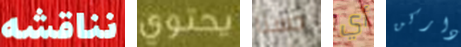
نناقشه يحتوي حسنا أي داركن